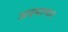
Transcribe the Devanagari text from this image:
अप्रमाणन